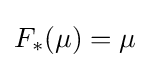
F_{*}(\mu )=\mu